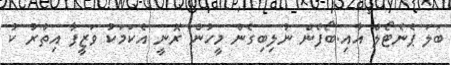
ބަލަ ޕެނެޓޯލް އާއި.ބޯފެން ނުލިބިގެން މީހުން ރޮނީ އެކަމަކު ވަޒީފާ އިތުރު ކު